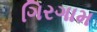
ગિરગામ